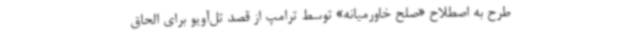
طرح به اصطلاح «صلح خاورمیانه» توسط ترامپ از قصد تل‌آویو برای الحاق